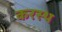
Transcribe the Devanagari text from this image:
करस्थ